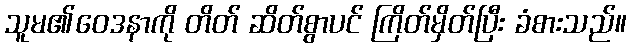
သူမ၏ဝေဒနာကို တိတ် ဆိတ်စွာပင် ကြိတ်မှိတ်ပြီး ခံစားသည်။